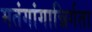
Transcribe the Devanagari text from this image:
मतंगांगान्निर्गता